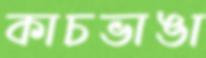
কাচভাঙা